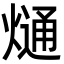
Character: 熥